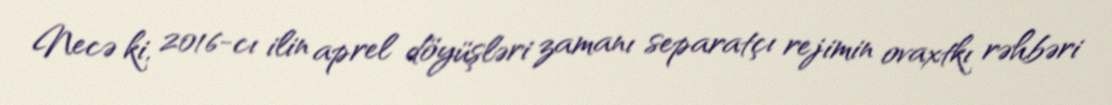
Necə ki, 2016-cı ilin aprel döyüşləri zamanı separatçı rejimin ovaxtkı rəhbəri